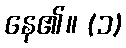
နေ၏။ (၁)